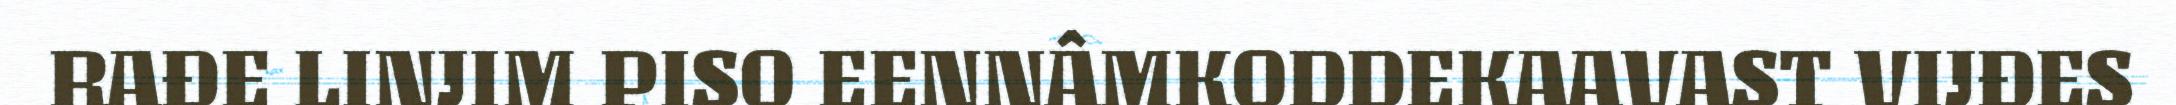
RAĐE LINJIM PISO EENNÂMKODDEKAAVAST VIJĐES